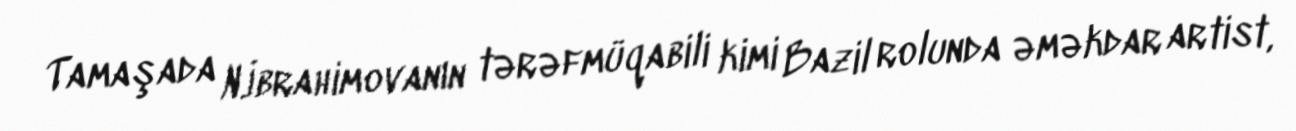
Tamaşada N.İbrahimovanın tərəfmüqabili kimi Bazil rolunda əməkdar artist,